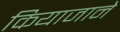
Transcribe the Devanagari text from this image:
कियाजाने